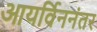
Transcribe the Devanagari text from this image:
आयर्विननंतर